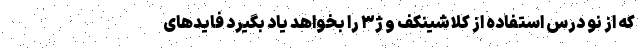
که از نو درس استفاده از کلاشینکف و ژ۳ را بخواهد یاد بگیرد فایدهای